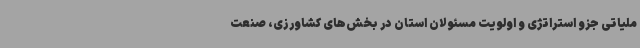
ملیاتی جزو استراتژی و اولویت مسئولان استان در بخش‌های کشاورزی، صنعت